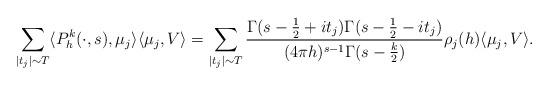
LaTeX: \begin{align*} \sum_{\lvert t_j \rvert \sim T} \langle P_h^k(\cdot, s), \mu_j \rangle \langle \mu_j, V \rangle = \sum_{\lvert t_j \rvert \sim T} \frac{\Gamma(s - \frac{1}{2} + it_j) \Gamma(s- \frac{1}{2} - it_j)}{(4\pi h)^{s - 1} \Gamma(s - \frac{k}{2})} \rho_j(h) \langle \mu_j,V \rangle.\end{align*}